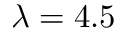
\lambda = 4 . 5